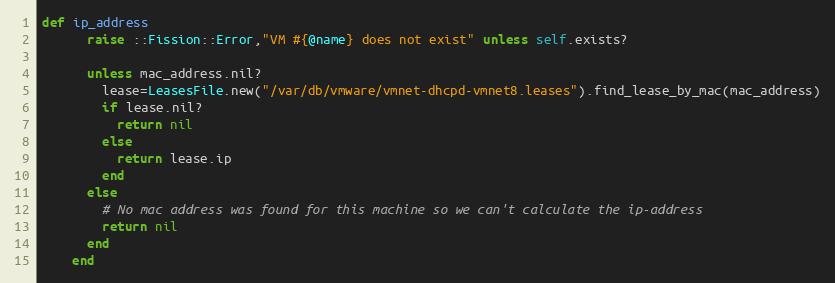
Language: Ruby
def ip_address
      raise ::Fission::Error,"VM #{@name} does not exist" unless self.exists?

      unless mac_address.nil?
        lease=LeasesFile.new("/var/db/vmware/vmnet-dhcpd-vmnet8.leases").find_lease_by_mac(mac_address)
        if lease.nil?
          return nil
        else
          return lease.ip
        end
      else
        # No mac address was found for this machine so we can't calculate the ip-address
        return nil
      end
    end